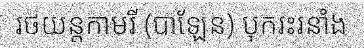
រថយន្តកាមរី (បាឡែន) បុករះរនាំង